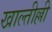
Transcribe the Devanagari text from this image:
खाल्तील्ली